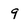
Character: 9